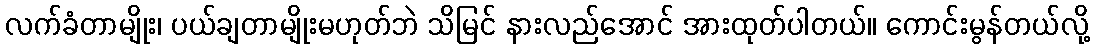
လက်ခံတာမျိုး၊ ပယ်ချတာမျိုးမဟုတ်ဘဲ သိမြင် နားလည်အောင် အားထုတ်ပါတယ်။ ကောင်းမွန်တယ်လို့